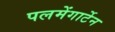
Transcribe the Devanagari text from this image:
पलमेंगार्टेन